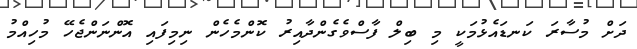
ދަށް މުސާރަ ކަނޑައެޅުމަކީ މި ބިލް ފާސްވެގެންދާއިރު ކޮންމެހެން ނިމިފައި އޮންނަންޖެހޭ މުހިއްމު